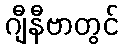
ဂျီနီဗာတွင်